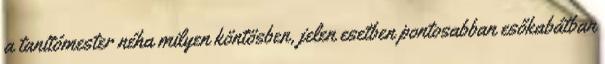
a tanítómester néha milyen köntösben, jelen esetben pontosabban esőkabátban